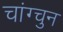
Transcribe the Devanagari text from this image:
चांग्चुन